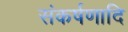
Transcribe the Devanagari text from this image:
संकर्षणादि